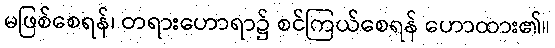
မဖြစ်စေရန်၊ တရားဟောရာ၌ စင်ကြယ်စေရန် ဟောထား၏။